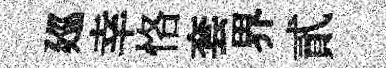
廵幸恪套界貳